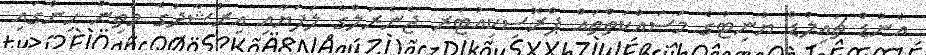
އެންޑް ޗައިލްޑް ޔުނިޓުގެ މަސައްކަތްތައް ޕްރޮސިކިއުޓަރ ޖެނެރަލްގެ ލަފަޔާއި އިރުޝާދުގެ މަތިން ހިންގައި